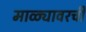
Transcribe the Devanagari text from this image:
माळ्यावरची